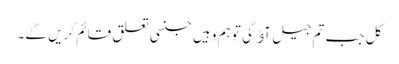
کل جب تم جیل آﺅ گی تو ہم وہیں جنسی تعلق قائم کریں گے۔